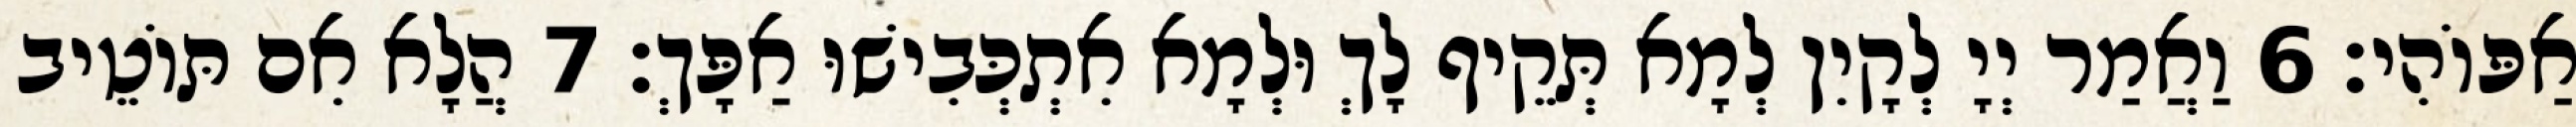
אַפּוֹהִי׃ 6 וַאֲמַר יְיָ לְקָיִן לְמָא תְּקֵיף לָךְ וּלְמָא אִתְכְּבִישׁוּ אַפָּךְ׃ 7 הֲלָא אִם תּוֹטֵיב